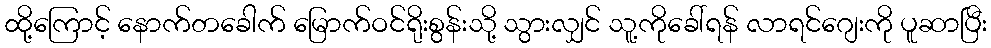
ထို့ကြောင့် နောက်တခေါက် မြောက်ဝင်ရိုးစွန်းသို့ သွားလျှင် သူ့ကိုခေါ်ရန် လာရင်ဂျေးကို ပူဆာပြီး